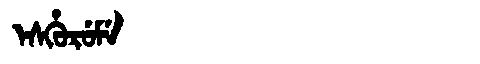
Manchu: ᡝᠰᡥᡠᡵᡠᠮᡝ
Romanization: ESHURUME